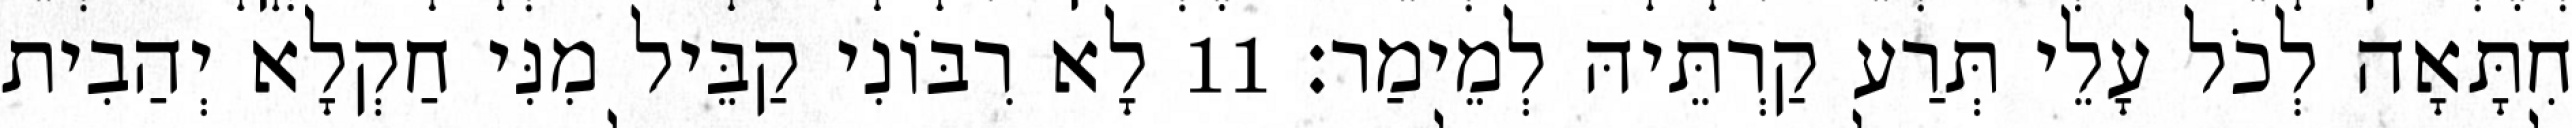
חִתָּאָה לְכֹל עָלֵי תְּרַע קַרְתֵּיהּ לְמֵימַר׃ 11 לָא רִבּוֹנִי קַבֵּיל מִנִּי חַקְלָא יְהַבִית